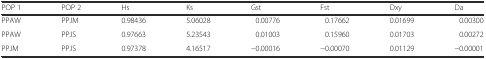
<table><thead><tr><td><b>POP 1</b></td><td><b>POP 2</b></td><td><b>Hs</b></td><td><b>Ks</b></td><td><b>Gst</b></td><td><b>Fst</b></td><td><b>Dxy</b></td><td><b>Da</b></td></tr></thead><tbody><tr><td>PPAW</td><td>PPJM</td><td>0.98436</td><td>5.06028</td><td>0.00776</td><td>0.17662</td><td>0.01699</td><td>0.00300</td></tr><tr><td>PPAW</td><td>PPJS</td><td>0.97663</td><td>5.23543</td><td>0.01003</td><td>0.15960</td><td>0.01703</td><td>0.00272</td></tr><tr><td>PPJM</td><td>PPJS</td><td>0.97378</td><td>4.16517</td><td>−0.00016</td><td>−0.00070</td><td>0.01129</td><td>−0.00001</td></tr></tbody></table>